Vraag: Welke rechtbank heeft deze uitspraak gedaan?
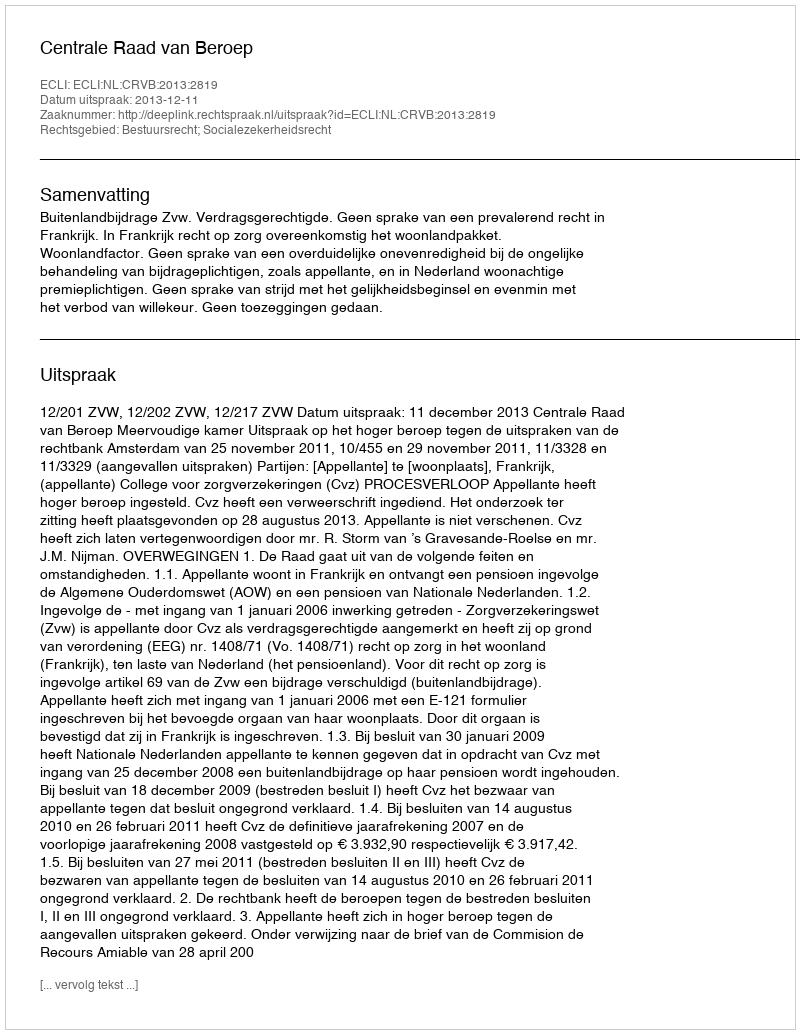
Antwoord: Centrale Raad van Beroep